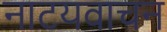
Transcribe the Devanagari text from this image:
नाटयवाचन